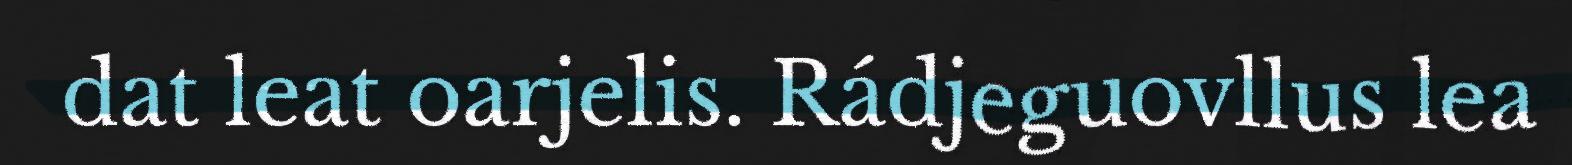
dat leat oarjelis. Rádjeguovllus lea